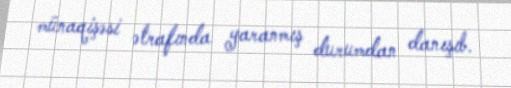
münaqişəsi ətrafında yaranmış durumdan danışıb.